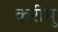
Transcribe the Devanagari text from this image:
करीमु